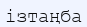
ізтаңба